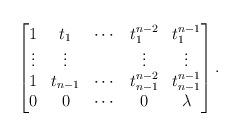
LaTeX: \begin{align*}\begin{bmatrix}1&t_1&\cdots& t_1^{n-2}&t_1^{n-1}\\\vdots&\vdots&&\vdots&\vdots\\1&t_{n-1}&\cdots& t_{n-1}^{n-2}&t_{n-1}^{n-1}\\0&0&\cdots&0&\lambda\end{bmatrix}.\end{align*}